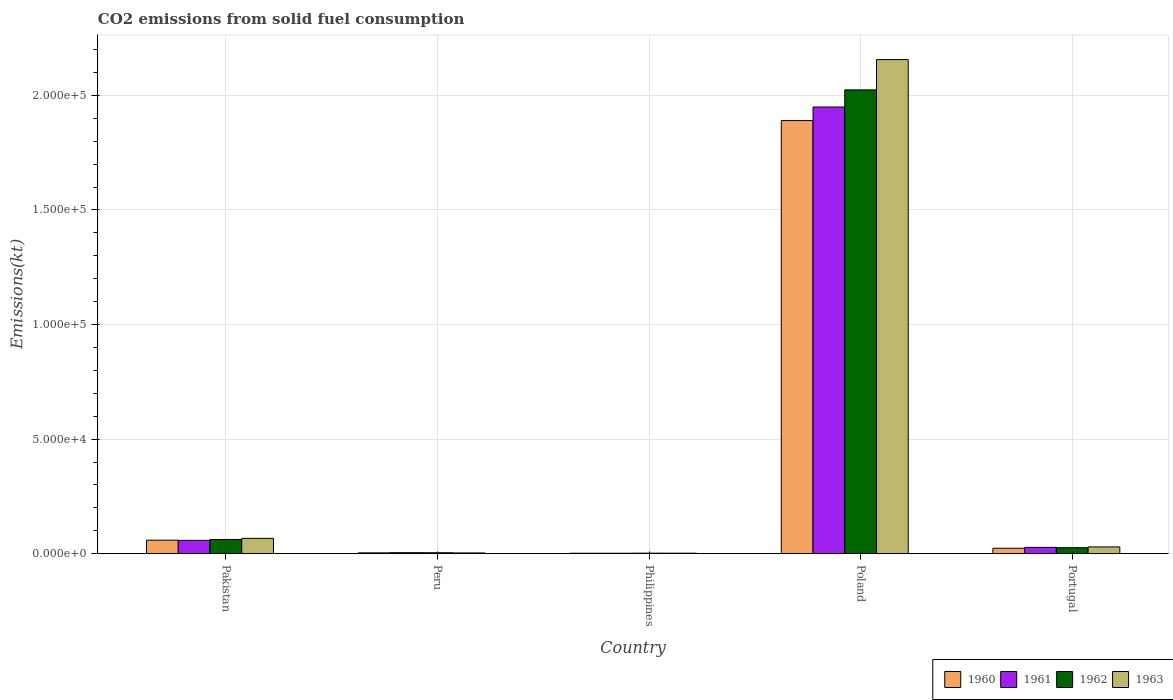
| Country | 1960 | 1961 | 1962 | 1963 |
 | --- | --- | --- | --- | --- |
 | Pakistan | 5.89e+03 | 5.8e+03 | 6.19e+03 | 6.68e+03 |
 | Peru | 352 | 433 | 407 | 319 |
 | Philippines | 180 | 180 | 213 | 202 |
 | Poland | 1.89e+05 | 1.95e+05 | 2.02e+05 | 2.16e+05 |
 | Portugal | 2.37e+03 | 2.74e+03 | 2.61e+03 | 2.94e+03 |